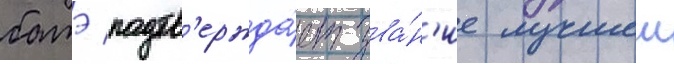
батэ подтв'ержда́ет зва́н'ие лучшеи